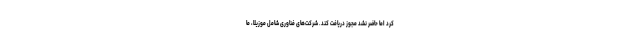
کرد اما حاضر نشد مجوز دریافت کند. شرکت‌های فناوری شامل موزیلا، ما